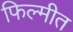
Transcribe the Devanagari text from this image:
फिल्मीत